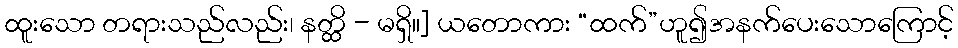
ထူးသော တရားသည်လည်း၊ နတ္ထိ - မရှိ။] ယတောကား “ထက်”ဟူ၍အနက်ပေးသောကြောင့်